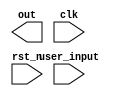

module fsm(out, user_input, clk, rst_n);

input [2:0] user_input;
input clk, rst_n;
output reg [2:0] out;

reg [1:0] state;

//an FSM where the state is equal to the user input
//-copilot next line-
endmodule